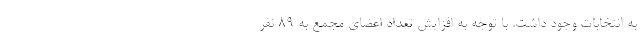
به انتخابات وجود داشت. با توجه به افزایش تعداد اعضای مجمع به 89 نفر